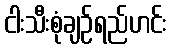
ငါးသီးစုံချဉ်ရည်ဟင်း